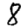
Digit: 8